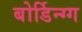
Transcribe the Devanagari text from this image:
बोर्डिन्ग्ग